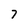
Character: 7